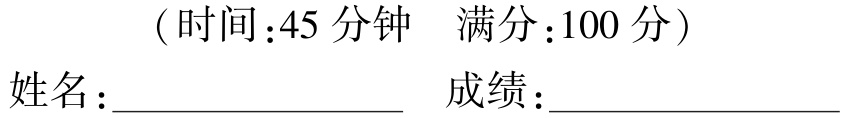
（时间：45 分钟  满分：100 分）
姓名：________________  成绩：________________